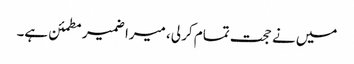
میں نے حجت تمام کر لی، میرا ضمیر مطمئن ہے۔